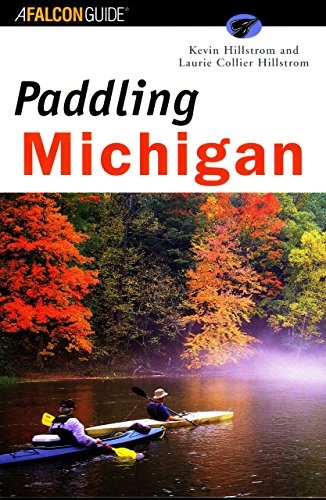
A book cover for Paddling Michigan (Regional Paddling Series); Kevin Hillstrom; Sports & Outdoors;